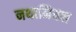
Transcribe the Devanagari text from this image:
नथानियल